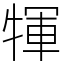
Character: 㹆